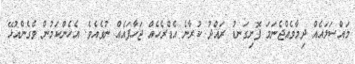
މައްސަލައެއް ދިމާވެއްޖެނަމަ ފޮށިގަނޑު ރައްދު ކުރާނެ އެޑްރެހެއް ޖަހާފައެއް ނުވެއެވެ. އެހެންކަމުން ވެގެންއުޅޭ